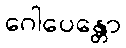
ဂေါပေန္တော